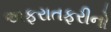
અફરાતફરીનો